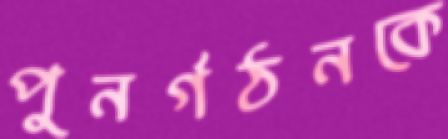
পুনর্গঠনকে